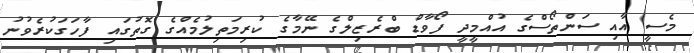
މެސީ އާއި ސަންތޯސްގެ އުއްމީދީ ފޯވާޑް ބްރެޒިލްގެ ނޭމާގެ ކުރިމަތިލުމެއްގެ ގޮތުގައި ފާހަގަކުރެވުނު